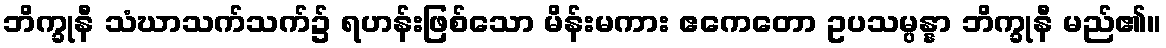
ဘိက္ခုနီ သံဃာသက်သက်၌ ရဟန်းဖြစ်သော မိန်းမကား ဧကေတော ဥပသမ္ပန္နာ ဘိက္ခုနီ မည်၏။